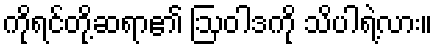
ကိုရင်တို့ဆရာ၏ ဩဝါဒကို သိပါရဲ့လား။